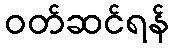
ဝတ်ဆင်ရန်